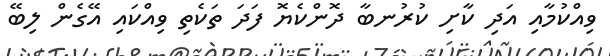
ވިއްކުމާއި އަދި ކާށި ކުރުނބާ ދޮންކެޔޮ ފަދަ ތަކެތި ވިއްކައި އޭގެން ލިބޭ